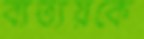
ব্যত্যয়কে